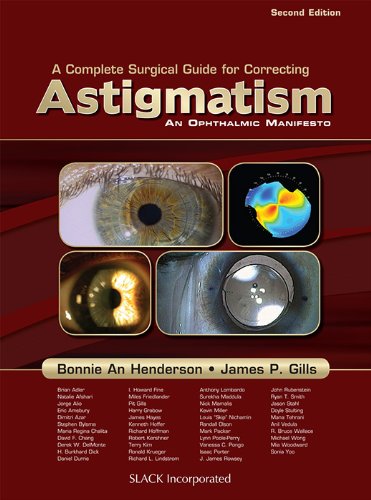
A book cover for A Complete Guide for Correcting Astigmatism: An Ophthalmic Manifesto; Bonnie An Henderson MD  FACS; Medical Books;